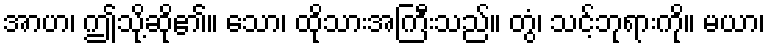
အာဟ၊ ဤသို့ဆို၏။ သော၊ ထိုသားအကြီးသည်။ တွံ၊ သင့်ဘုရားကို။ မယာ၊